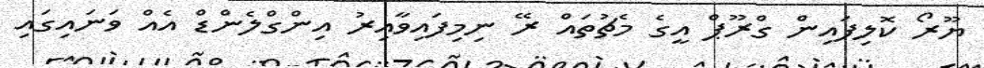
ޔޫރޯ ކޮލިފައިން ގްރޫޕް އީގެ މެޗުތައް ރޭ ނިމިފައިވާއިރު އިންގްލެންޑް އެއް ވަނައިގައި